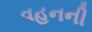
વહનની